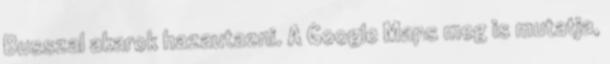
Busszal akarok hazautazni. A Google Maps meg is mutatja,